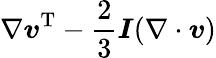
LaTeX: \nabla\boldsymbol{v}^{\mathrm{T}}-\frac{2}{3}\boldsymbol{I}(\nabla\cdot\boldsymbol{v})